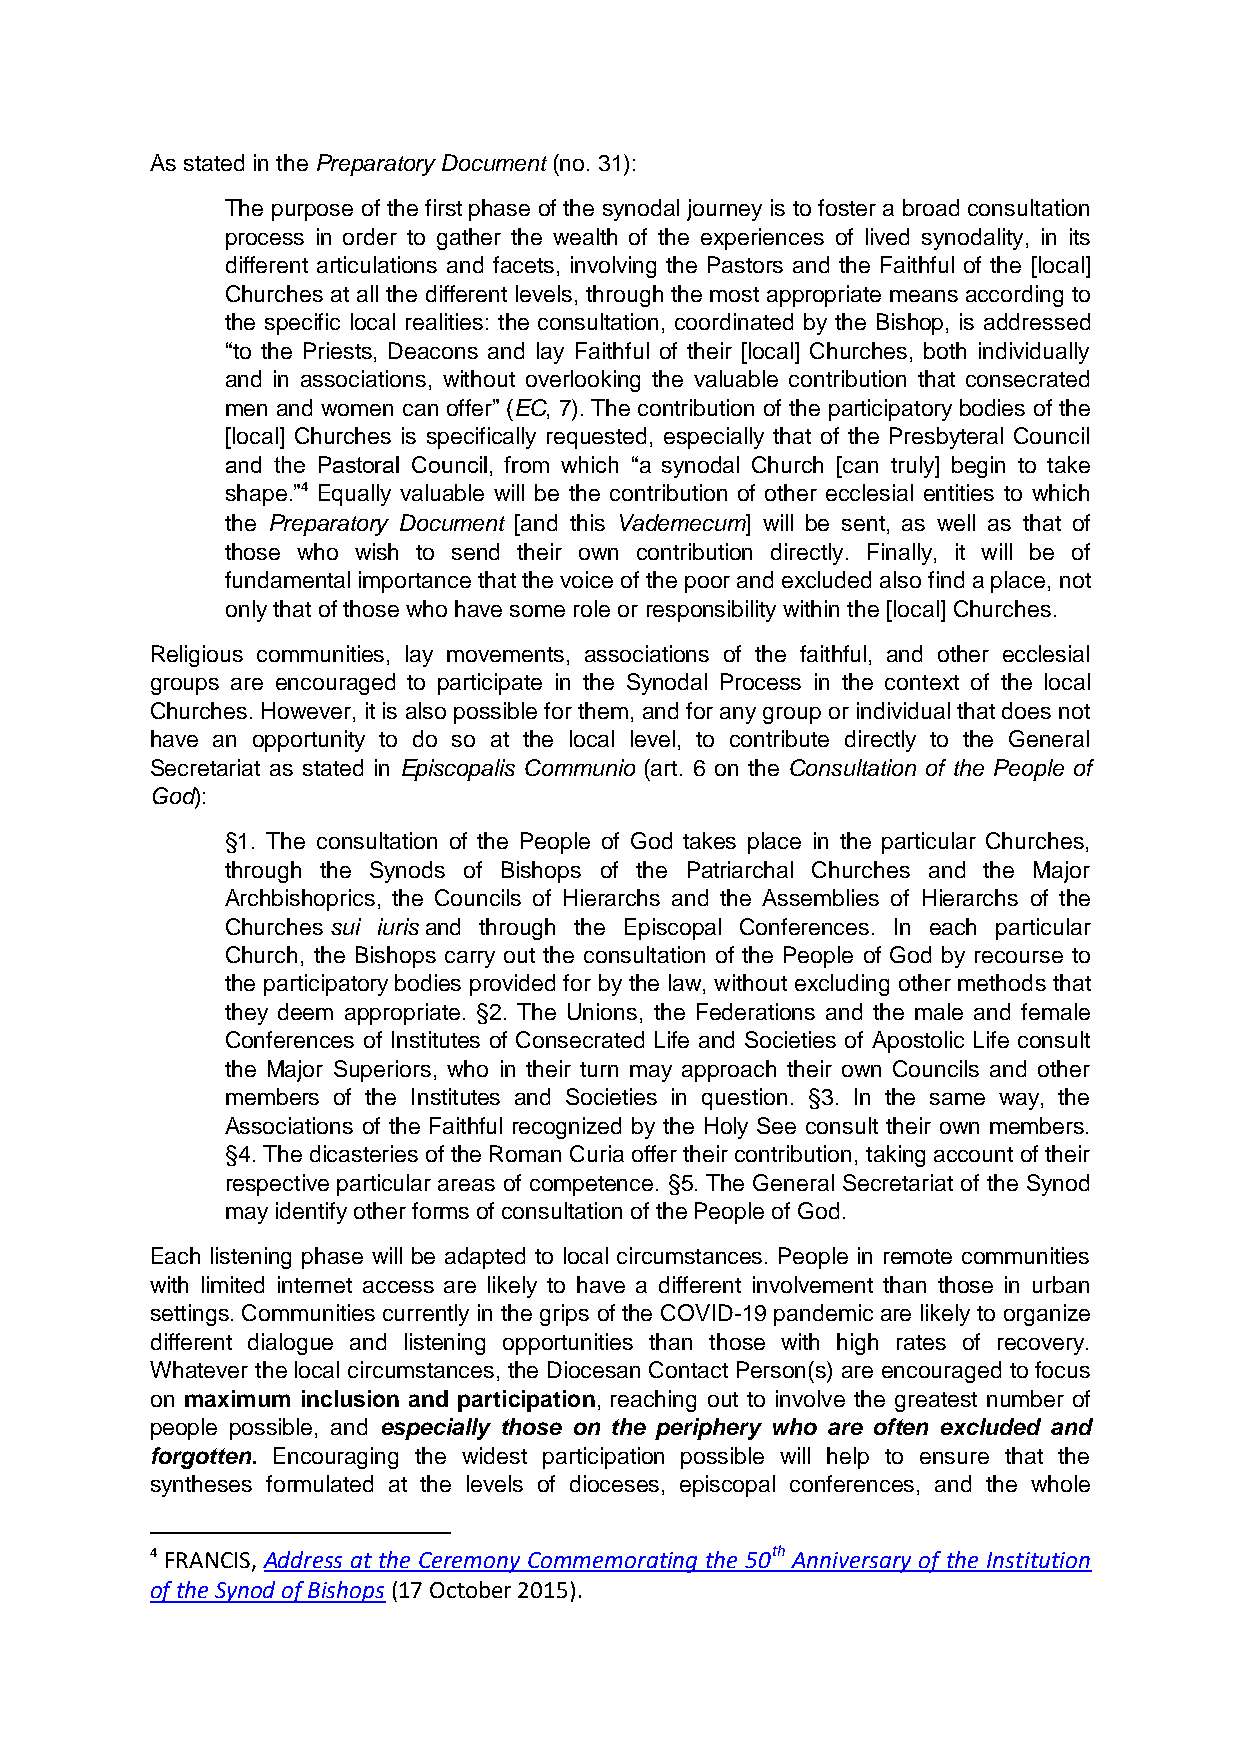
As stated in the Preparatory Document (no. 31):
 The purpose of the first phase of the synodal journey is to foster a broad consultation
 process in order to gather the wealth of the experiences of lived synodality, in its
 different articulations and facets, involving the Pastors and the Faithful of the [local]
 Churches at all the different levels, through the most appropriate means according to
 the specific local realities: the consultation, coordinated by the Bishop, is addressed
 “to the Priests, Deacons and lay Faithful of their [local] Churches, both individually
 and in associations, without overlooking the valuable contribution that consecrated
 men and women can offer” (EC, 7). The contribution of the participatory bodies of the
 [local] Churches is specifically requested, especially that of the Presbyteral Council
 and the Pastoral Council, from which “a synodal Church [can truly] begin to take
 shape.”4 Equally valuable will be the contribution of other ecclesial entities to which
 the Preparatory Document [and this Vademecum] will be sent, as well as that of
 those who wish to send their own contribution directly. Finally, it will be of
 fundamental importance that the voice of the poor and excluded also find a place, not
 only that of those who have some role or responsibility within the [local] Churches.
 Religious communities, lay movements, associations of the faithful, and other ecclesial
 groups are encouraged to participate in the Synodal Process in the context of the local
 Churches. However, it is also possible for them, and for any group or individual that does not
 have an opportunity to do so at the local level, to contribute directly to the General
 Secretariat as stated in Episcopalis Communio (art. 6 on the Consultation of the People of
 God):
 §1. The consultation of the People of God takes place in the particular Churches,
 through the Synods of Bishops of the Patriarchal Churches and the Major
 Archbishoprics, the Councils of Hierarchs and the Assemblies of Hierarchs of the
 Churches sui iuris and through the Episcopal Conferences. In each particular
 Church, the Bishops carry out the consultation of the People of God by recourse to
 the participatory bodies provided for by the law, without excluding other methods that
 they deem appropriate. §2. The Unions, the Federations and the male and female
 Conferences of Institutes of Consecrated Life and Societies of Apostolic Life consult
 the Major Superiors, who in their turn may approach their own Councils and other
 members of the Institutes and Societies in question. §3. In the same way, the
 Associations of the Faithful recognized by the Holy See consult their own members.
 §4. The dicasteries of the Roman Curia offer their contribution, taking account of their
 respective particular areas of competence. §5. The General Secretariat of the Synod
 may identify other forms of consultation of the People of God.
 Each listening phase will be adapted to local circumstances. People in remote communities
 with limited internet access are likely to have a different involvement than those in urban
 settings. Communities currently in the grips of the COVID-19 pandemic are likely to organize
 different dialogue and listening opportunities than those with high rates of recovery.
 Whatever the local circumstances, the Diocesan Contact Person(s) are encouraged to focus
 on maximum inclusion and participation, reaching out to involve the greatest number of
 people possible, and especially those on the periphery who are often excluded and
 forgotten. Encouraging the widest participation possible will help to ensure that the
 syntheses formulated at the levels of dioceses, episcopal conferences, and the whole
 4 FRANCIS, Address at the Ceremony Commemorating the 50th Anniversary of the Institution
 of the Synod of Bishops (17 October 2015).